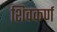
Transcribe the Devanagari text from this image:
शिवकर्ण